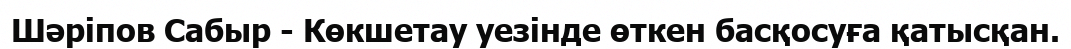
Шәріпов Сабыр - Көкшетау уезінде өткен басқосуға қатысқан.